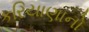
કરિયાણાનો